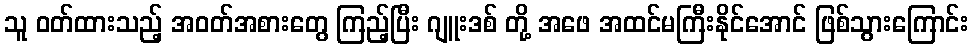
သူ ဝတ်ထားသည့် အဝတ်အစားတွေ ကြည့်ပြီး ဂျူးဒစ် တို့ အဖေ အထင်မကြီးနိုင်အောင် ဖြစ်သွားကြောင်း